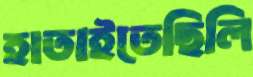
হাতাইতেছিলি